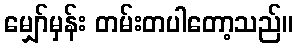
မျှော်မှန်း တမ်းတပါတော့သည်။